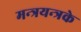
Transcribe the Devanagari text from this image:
मन्त्रयन्त्रके